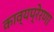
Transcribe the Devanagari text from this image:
काव्यप्रेरणा